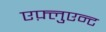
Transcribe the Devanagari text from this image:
एफ़्लुएन्ट